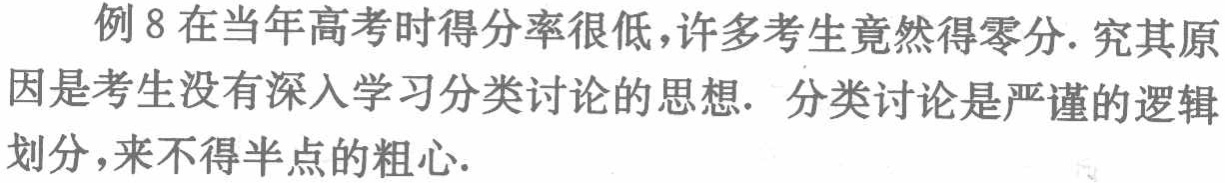
例8在当年高考时得分率很低,许多考生竟然得零分. 究其原因是考生没有深入学习分类讨论的思想. 分类讨论是严谨的逻辑划分,来不得半点的粗心.